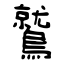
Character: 鷲